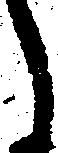
う